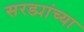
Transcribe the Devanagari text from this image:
सरड्यांच्या